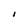
Character: I